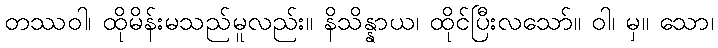
တဿဝါ၊ ထိုမိန်းမသည်မူလည်း။ နိသိန္နာယ၊ ထိုင်ပြီးလသော်။ ဝါ၊ မှ။ သော၊